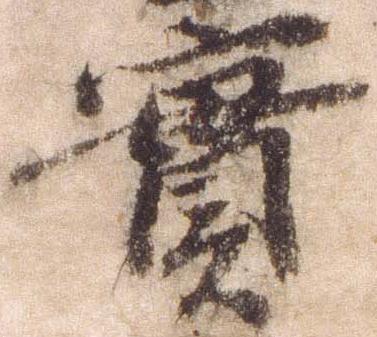
実